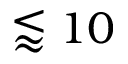
\lessapprox 1 0